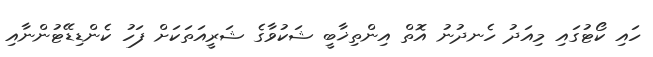
ހައި ކޯޓުގައި މިއަދު ހެނދުނު އޮތް އިންތިޚާބީ ޝަކުވާގެ ޝަރީއަތަކަށް ފަހު ކެންޑިޑޭޓުންނާއި